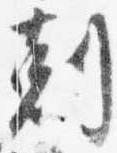
剋